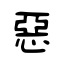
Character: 惡